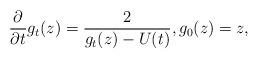
LaTeX: \begin{align*} \frac{\partial }{\partial t}g_t(z) =\frac{2}{g_t(z)-U(t)},g_0(z)=z, \end{align*}